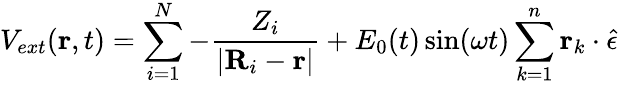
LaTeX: V_{ext}({\mathbf r},t)=\sum_{i=1}^{N}-\frac{Z_{i}}{|{\mathbf R}_{i}-{\mathbf r}|}+E_{0}(t)\sin(\omega t)\sum_{k=1}^{n}{\mathbf r}_{k}\cdot{\hat{\epsilon}}